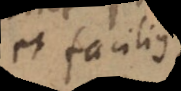
et facilius